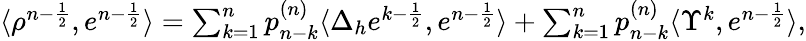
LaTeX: \begin{array}{r}{\langle\rho^{n-\frac{1}{2}},e^{n-\frac{1}{2}}\rangle=\sum_{k=1}^{n}p_{n-k}^{(n)}\langle\Delta_{h}e^{k-\frac{1}{2}},e^{n-\frac{1}{2}}\rangle+\sum_{k=1}^{n}p_{n-k}^{(n)}\langle\Upsilon^{k},e^{n-\frac{1}{2}}\rangle,}\end{array}